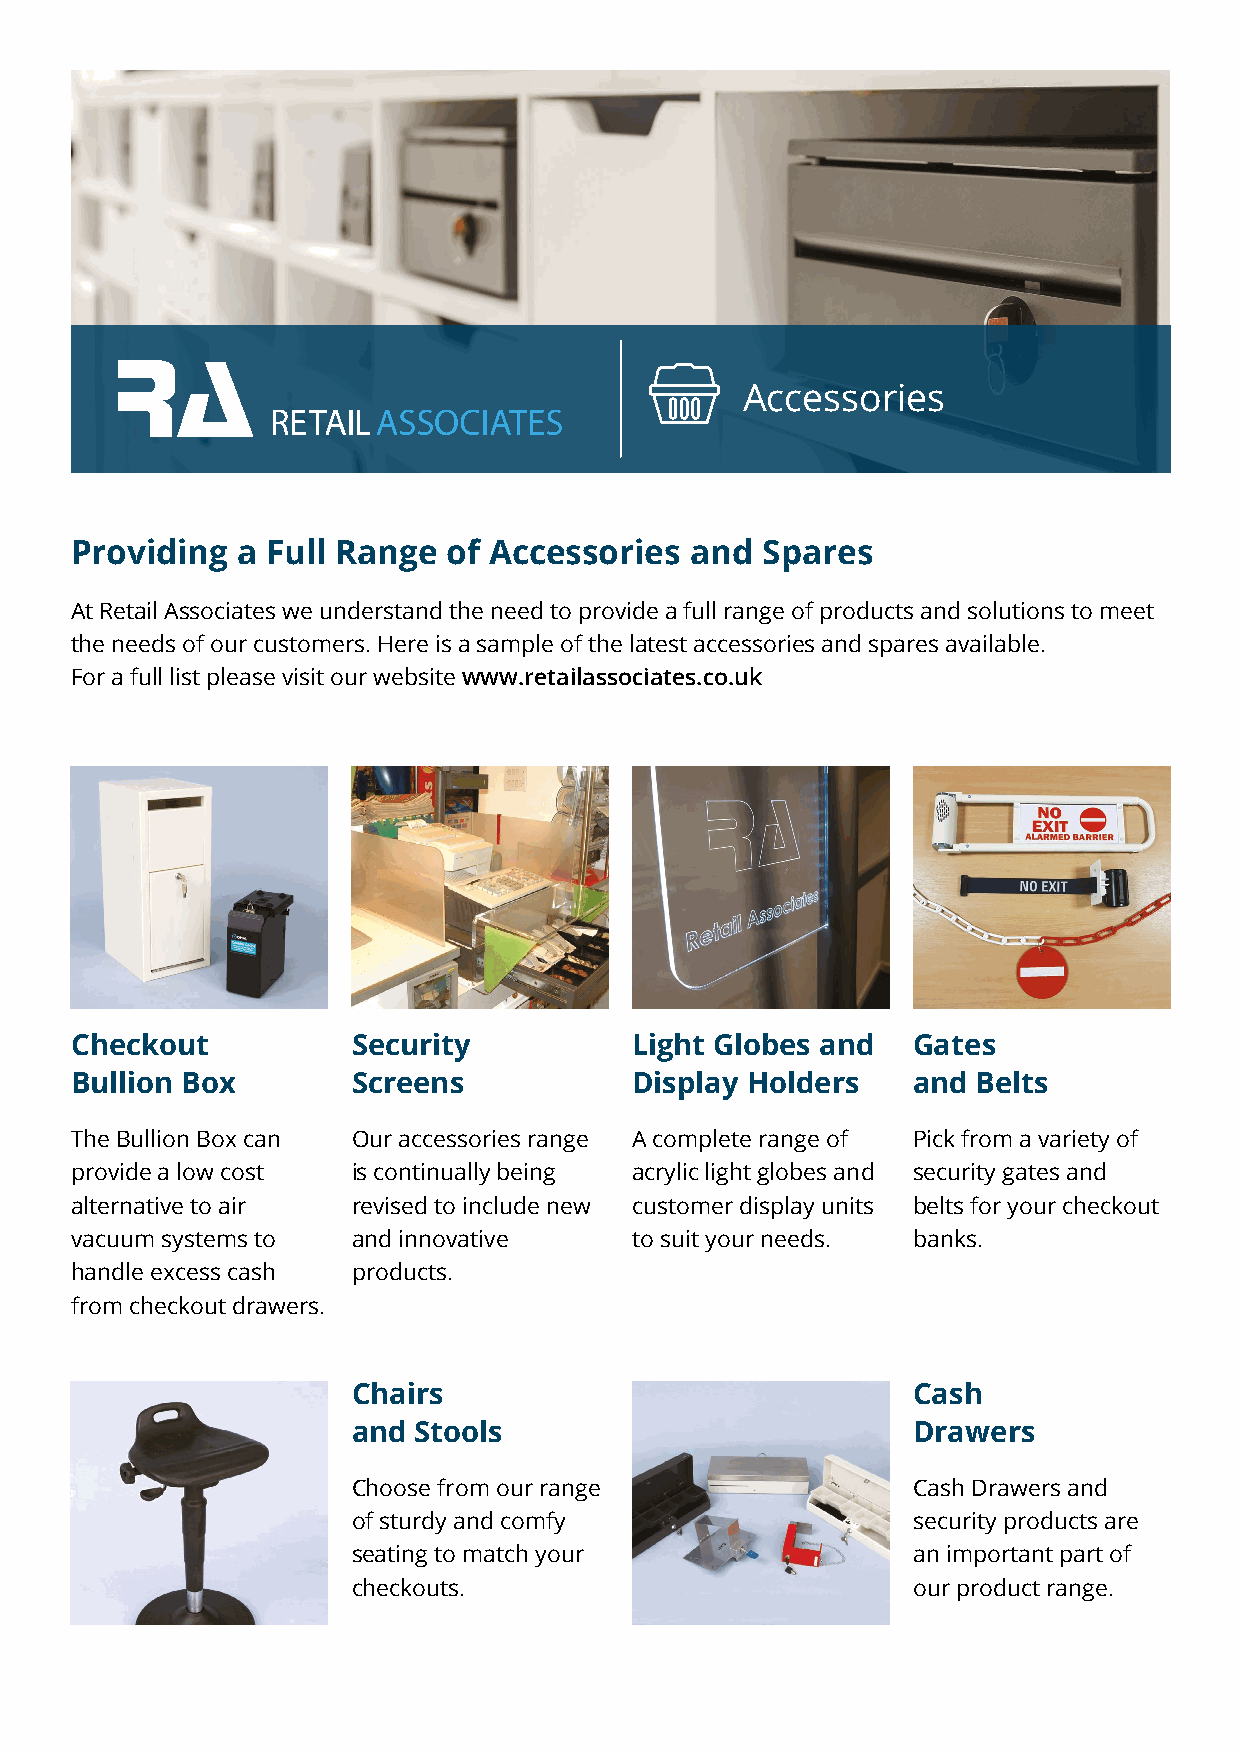
Accessories
 Providing  a Full Range  of Accessories  and Spares
 At Retail Associates we understand the need to provide a full range of products and solutions to meet
 the needs of our customers. Here is a sample of the latest accessories and spares available.
 For a full list please visit our website www.retailassociates.co.uk
 Checkout          Security           Light Globes and  Gates
 Bullion Box       Screens            Display Holders   and  Belts
 The Bullion Box can Our accessories range A complete range of Pick from a variety of
 provide a low cost is continually being acrylic light globes and security gates and
 alternative to air revised to include new customer display units belts for your checkout
 vacuum systems to and innovative     to suit your needs. banks.
 handle excess cash products.
 from checkout drawers.
 Chairs                               Cash
 and Stools                           Drawers
 Choose from our range                Cash Drawers and
 of sturdy and comfy                  security products are
 seating to match your                an important part of
 checkouts.                           our product range.